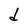
Character: d